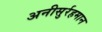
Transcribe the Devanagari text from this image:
अनीसुर्रहमान